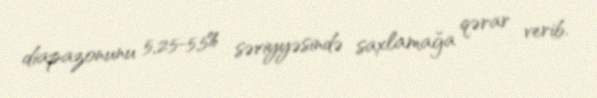
diapazonunu 5,25-5,5% səviyyəsində saxlamağa qərar verib.